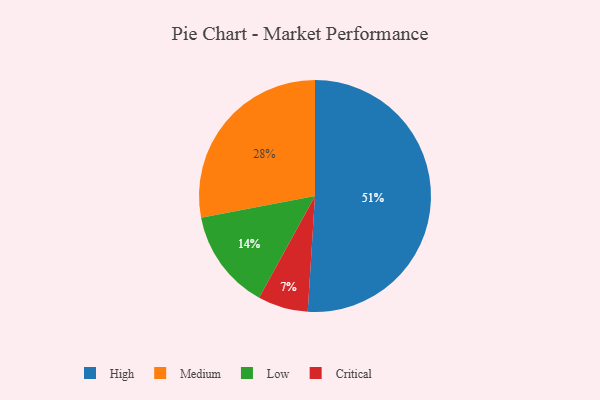
{"axis": {"x": "Category", "y": "Percentage"}, "legend": ["Critical", "High", "Low", "Medium"], "data": [{"x": "Medium", "y": 28, "type": "Medium"}, {"x": "High", "y": 51, "type": "High"}, {"x": "Low", "y": 14, "type": "Low"}, {"x": "Critical", "y": 7, "type": "Critical"}]}